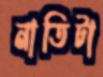
নাতিটা